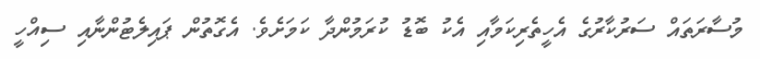
މުސާރަތައް ސަރުކާރުގެ އެހީތެރިކަމާއި އެކު ބޮޑު ކުރަމުންދާ ކަމަށެވެ. އެގޮތުން ޕައިލެޓުންނާއި ސިއްހީ